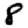
Digit: 8